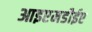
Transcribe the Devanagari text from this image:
आइएमडीईए